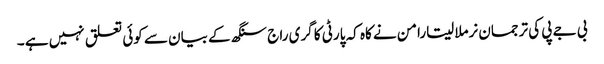
بی جے پی کی ترجمان نرملا سیتارامن نے کاہ کہ پارٹی کا گری راج سنگھ کے بیان سے کوئی تعلق نہیں ہے ۔